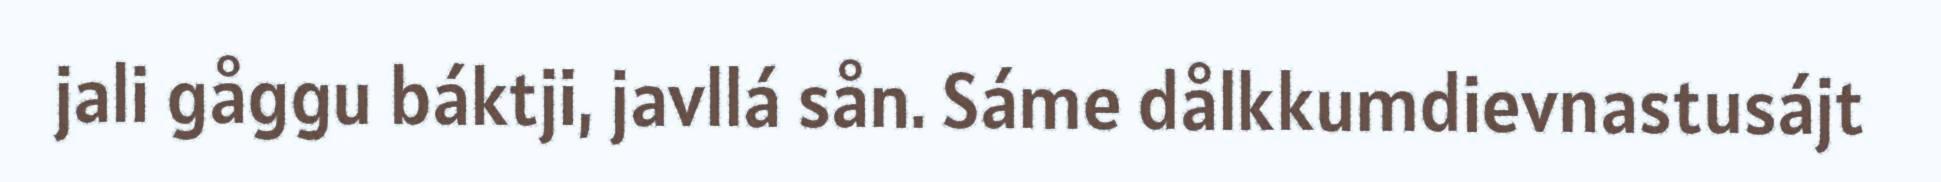
jali gåggu báktji, javllá sån. Sáme dålkkumdievnastusájt